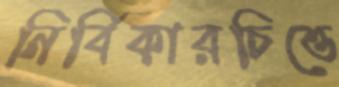
নির্বিকারচিত্তে